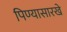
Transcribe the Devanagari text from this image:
पिण्यासारखे